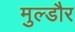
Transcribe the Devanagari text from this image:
मुल्डौर